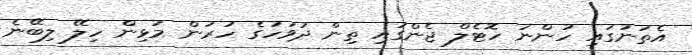
އެތަނުގައި ހުންނަ ހޮޓެލް ޖެންގައި ތިން ދުވަހުގެ ހުރުން މުޅިން ހިލޭ ލިބޭނެ